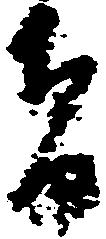
者